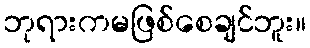
ဘုရားကမဖြစ်စေချင်ဘူး။